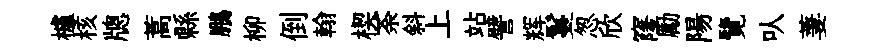
櫨核牕蒿縣鵬柳倒翰楔荼斜上站譬辉鬘怱欣窿勵陽覽㕥萋